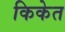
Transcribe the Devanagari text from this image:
किकेत